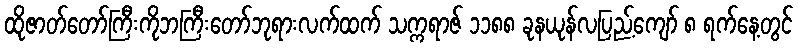
ထိုဇာတ်တော်ကြီးကိုဘကြီးတော်ဘုရားလက်ထက် သက္ကရာဇ် ၁၁၈၈ ခုနယုန်လပြည့်ကျော် ၈ ရက်နေ့တွင်